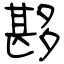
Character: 夦